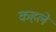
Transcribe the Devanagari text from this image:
कहले